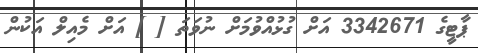
ޕާޓީގެ 3342671 އަށް ގުޅުއްވުމަށް ނުވަތަ [ ] އަށް މެއިލް އަކުން